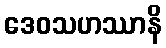
ဒေဝသဟဿာနိ